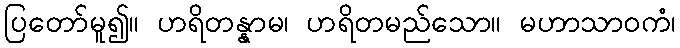
ပြတော်မူ၍။ ဟရိတန္နာမ၊ ဟရိတမည်သော။ မဟာသာဝကံ၊